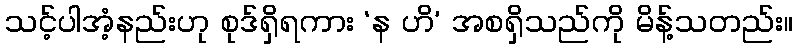
သင့်ပါအံ့နည်းဟု စုဒ်ရှိရကား ‘န ဟိ’ အစရှိသည်ကို မိန့်သတည်း။